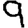
Digit: 9